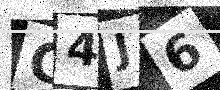
Text: C4J6